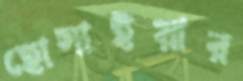
হোসাইয়ার